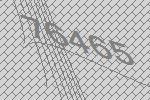
76465